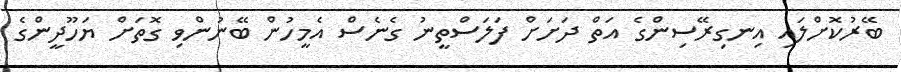
ބޭރުކޮށްލައި އިނގިރޭސިންގެ އަތް ދަށަށް ފަލަސްތީނު ގެނެސް އެމީހުން ބޭނުންވި ގޮތަށް ޔަހޫދީންގެ